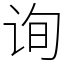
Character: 询